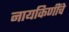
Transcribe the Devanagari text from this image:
नायकिणींचे